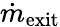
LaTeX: \dot{m}_{\mathrm{exit}}